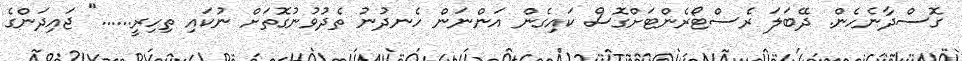
ގޮސްދާނެހެން. ދޭބަލަ ރެސްޓޯރެންޓަށްގޮސް ކައިގެން އަންނަން ހެނދުނު ތެދުވުނުގޮތަށް ނުކައި ތިހިރީ......" ޖައިދަންގެ